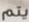
يتم